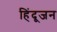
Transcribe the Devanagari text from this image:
हिंदूजन